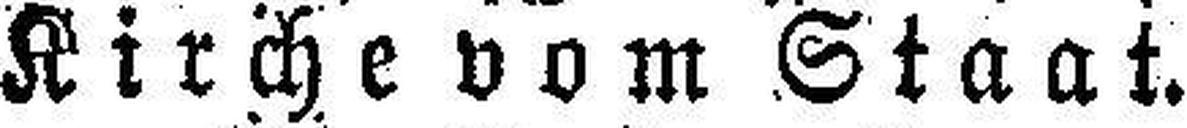
Kirche vom Staat.